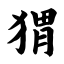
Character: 猬